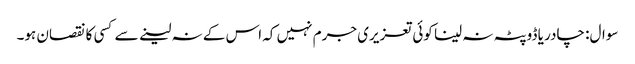
سوال: چادر یا ڈوپٹہ نہ لینا کوئی تعزیری جرم نہیں کہ اس کے نہ لینے سے کسی کا نقصان ہو۔